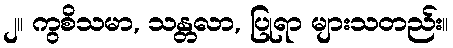
၂။ ကွစိသမာ, သန္တလာ, ပြုရာ များသတည်း။